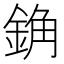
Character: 𰼰